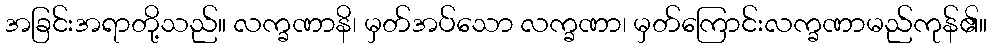
အခြင်းအရာတို့သည်။ လက္ခဏာနိ၊ မှတ်အပ်သော လက္ခဏာ၊ မှတ်ကြောင်းလက္ခဏာမည်ကုန်၏။